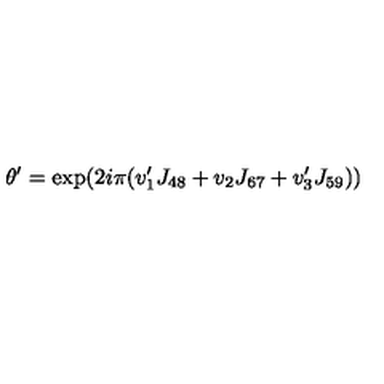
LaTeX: \theta ^ { \prime } = \exp ( 2 i \pi ( v _ { 1 } ^ { \prime } J _ { 4 8 } + v _ { 2 } J _ { 6 7 } + v _ { 3 } ^ { \prime } J _ { 5 9 } ) )